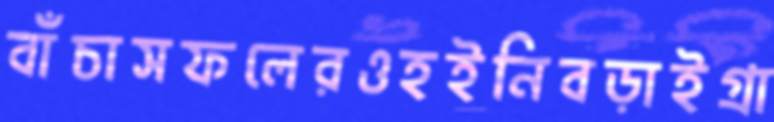
বাঁচাসফলেরওহইনিবড়াইগ্রা